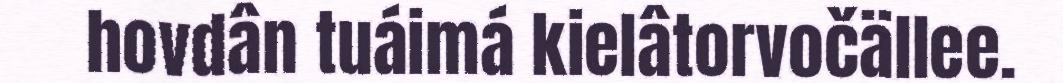
hovdân tuáimá kielâtorvočällee.